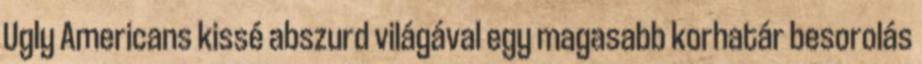
Ugly Americans kissé abszurd világával egy magasabb korhatár besorolás